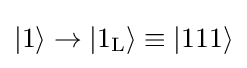
\vert 1\rangle \rightarrow \vert 1_{\rm {L}}\rangle \equiv \vert 111\rangle